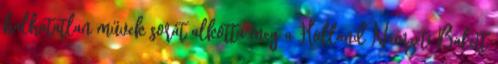
halhatatlan művek sorát alkotta meg a Holland Nemzeti Balett